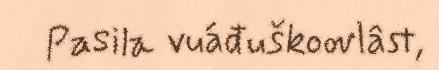
Pasila vuáđuškoovlâst,